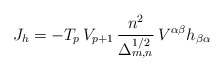
\begin{align*}J_h = - T_p\,V_{p+1}\,\frac{n^2}{\Delta_{m,n}^{1/2}}\, V^{\alpha\beta}h_{\beta\alpha}\end{align*}